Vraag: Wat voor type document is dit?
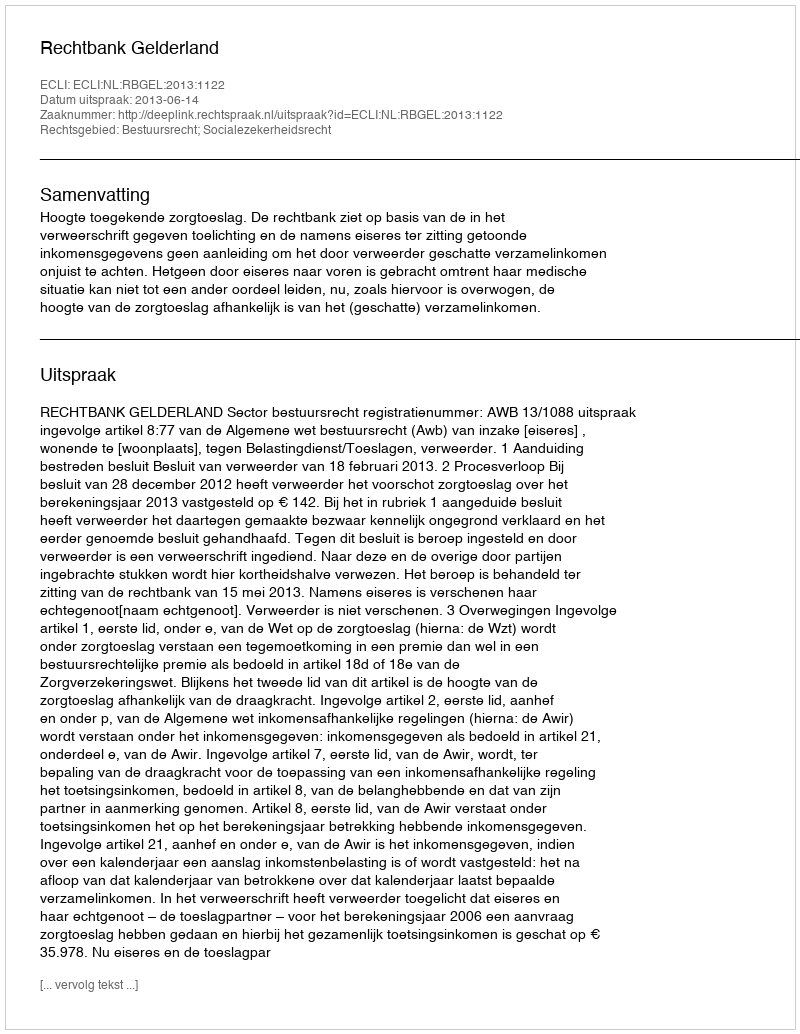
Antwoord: Uitspraak